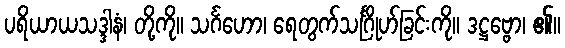
ပရိယာယသဒ္ဒါနံ၊ တို့ကို။ သင်္ဂဟော၊ ရေတွက်သင်္ဂြိုဟ်ခြင်းကို။ ဒဋ္ဌဗ္ဗော၊ ၏။